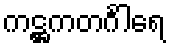
ကဋ္ဌကတင်္ဂါရေ